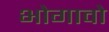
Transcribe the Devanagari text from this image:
भोगावो